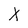
Character: X